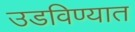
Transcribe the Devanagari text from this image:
उडविण्यात